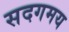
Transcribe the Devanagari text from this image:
सदगमय